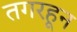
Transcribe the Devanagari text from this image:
तगरहून